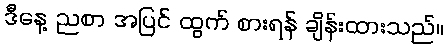
ဒီနေ့ ညစာ အပြင် ထွက် စားရန် ချိန်းထားသည်။